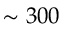
\sim 3 0 0